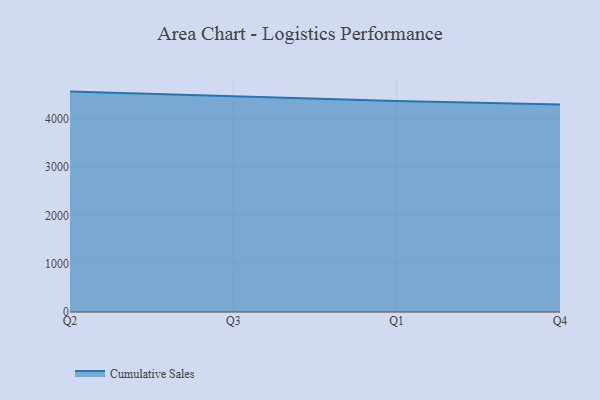
{"axis": {"x": "Quarter", "y": "Page Views"}, "legend": ["Cumulative Sales"], "data": [{"x": "Q2", "y": 4560.7, "type": "Cumulative Sales"}, {"x": "Q3", "y": 4470.9, "type": "Cumulative Sales"}, {"x": "Q1", "y": 4367.1, "type": "Cumulative Sales"}, {"x": "Q4", "y": 4293.2, "type": "Cumulative Sales"}]}